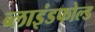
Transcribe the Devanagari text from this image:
ब्लाइंडफोल्ड